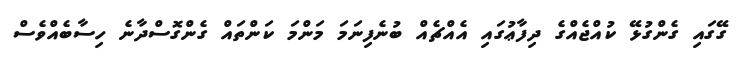
ގޭގައި ގެންގުޅޭ ކުއްޖެއްގެ ދިފާޢުގައި އެއްޗެއް ބުނެފިނަމަ މަންމަ ކަންތައް ގެންގޮސްދާނެ ހިސާބެއްވެސް